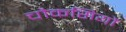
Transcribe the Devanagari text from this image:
चौकसियों